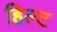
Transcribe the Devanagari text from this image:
हिल्ट